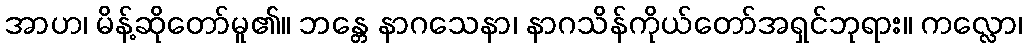
အာဟ၊ မိန့်ဆိုတော်မူ၏။ ဘန္တေ နာဂသေနာ၊ နာဂသိန်ကိုယ်တော်အရှင်ဘုရား။ ကလ္လော၊